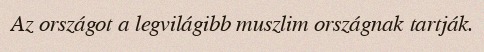
Az országot a legvilágibb muszlim országnak tartják.